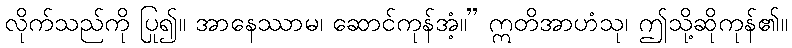
လိုက်သည်ကို ပြု၍။ အာနေဿာမ၊ ဆောင်ကုန်အံ့။” ဣတိအာဟံသု၊ ဤသို့ဆိုကုန်၏။